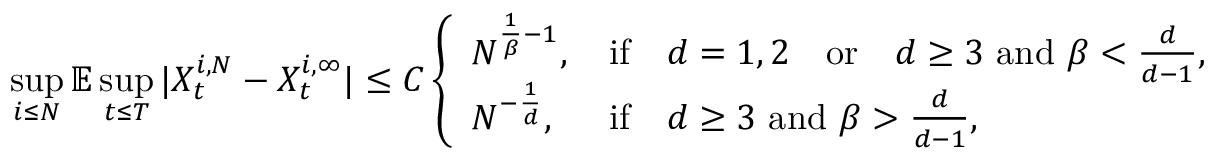
\operatorname* { s u p } _ { i \leq N } \mathbb { E } \operatorname* { s u p } _ { t \leq T } | X _ { t } ^ { i , N } - X _ { t } ^ { i , \infty } | \leq C \left\{ \begin{array} { l l } { N ^ { \frac { 1 } { \beta } - 1 } , \, } & { \mathrm { i f } \quad d = 1 , 2 \quad \mathrm { o r } \quad d \geq 3 \, \, \mathrm { a n d } \, \, \beta < \frac { d } { d - 1 } , } \\ { N ^ { - \frac 1 d } , \, } & { \mathrm { i f } \quad d \geq 3 \, \, \mathrm { a n d } \, \, \beta > \frac { d } { d - 1 } , } \end{array} \right.